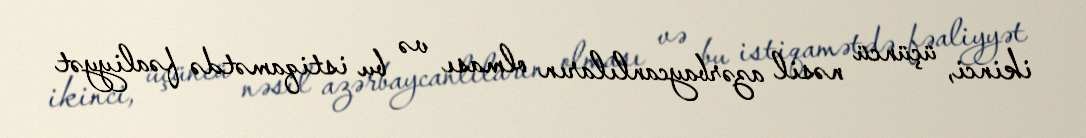
ikinci, üçüncü nəsil azərbaycanlıların olması və bu istiqamətdə fəaliyyət